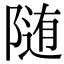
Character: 随